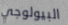
البيولوجي